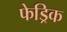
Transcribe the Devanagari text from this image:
फेड्रिक